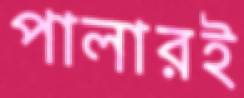
পালারই